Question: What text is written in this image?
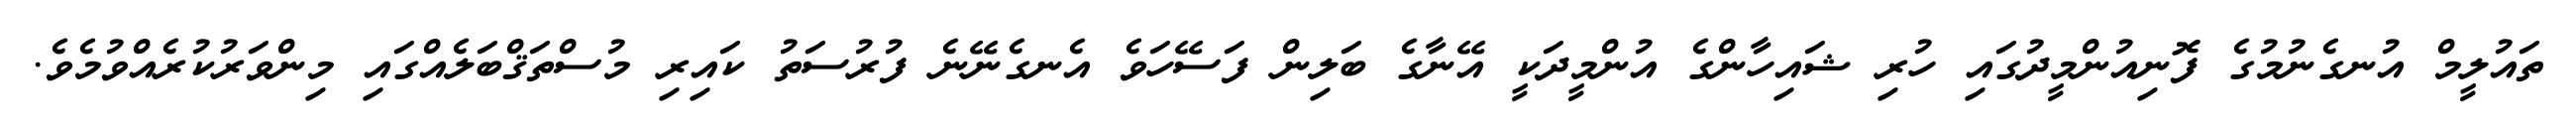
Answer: ތައުލީމް އުނގެނުމުގެ ފޮނިއުންމީދުގައި ހުރި ޝައިހާންގެ އުންމީދަކީ އޭނާގެ ބަލިން ފަސޭހަވެ އެނގެނޭނެ ފުރުސަތު ކައިރި މުސްތަޤްބަލެއްގައި މިންވަރުކުރެއްވުމެވެ.